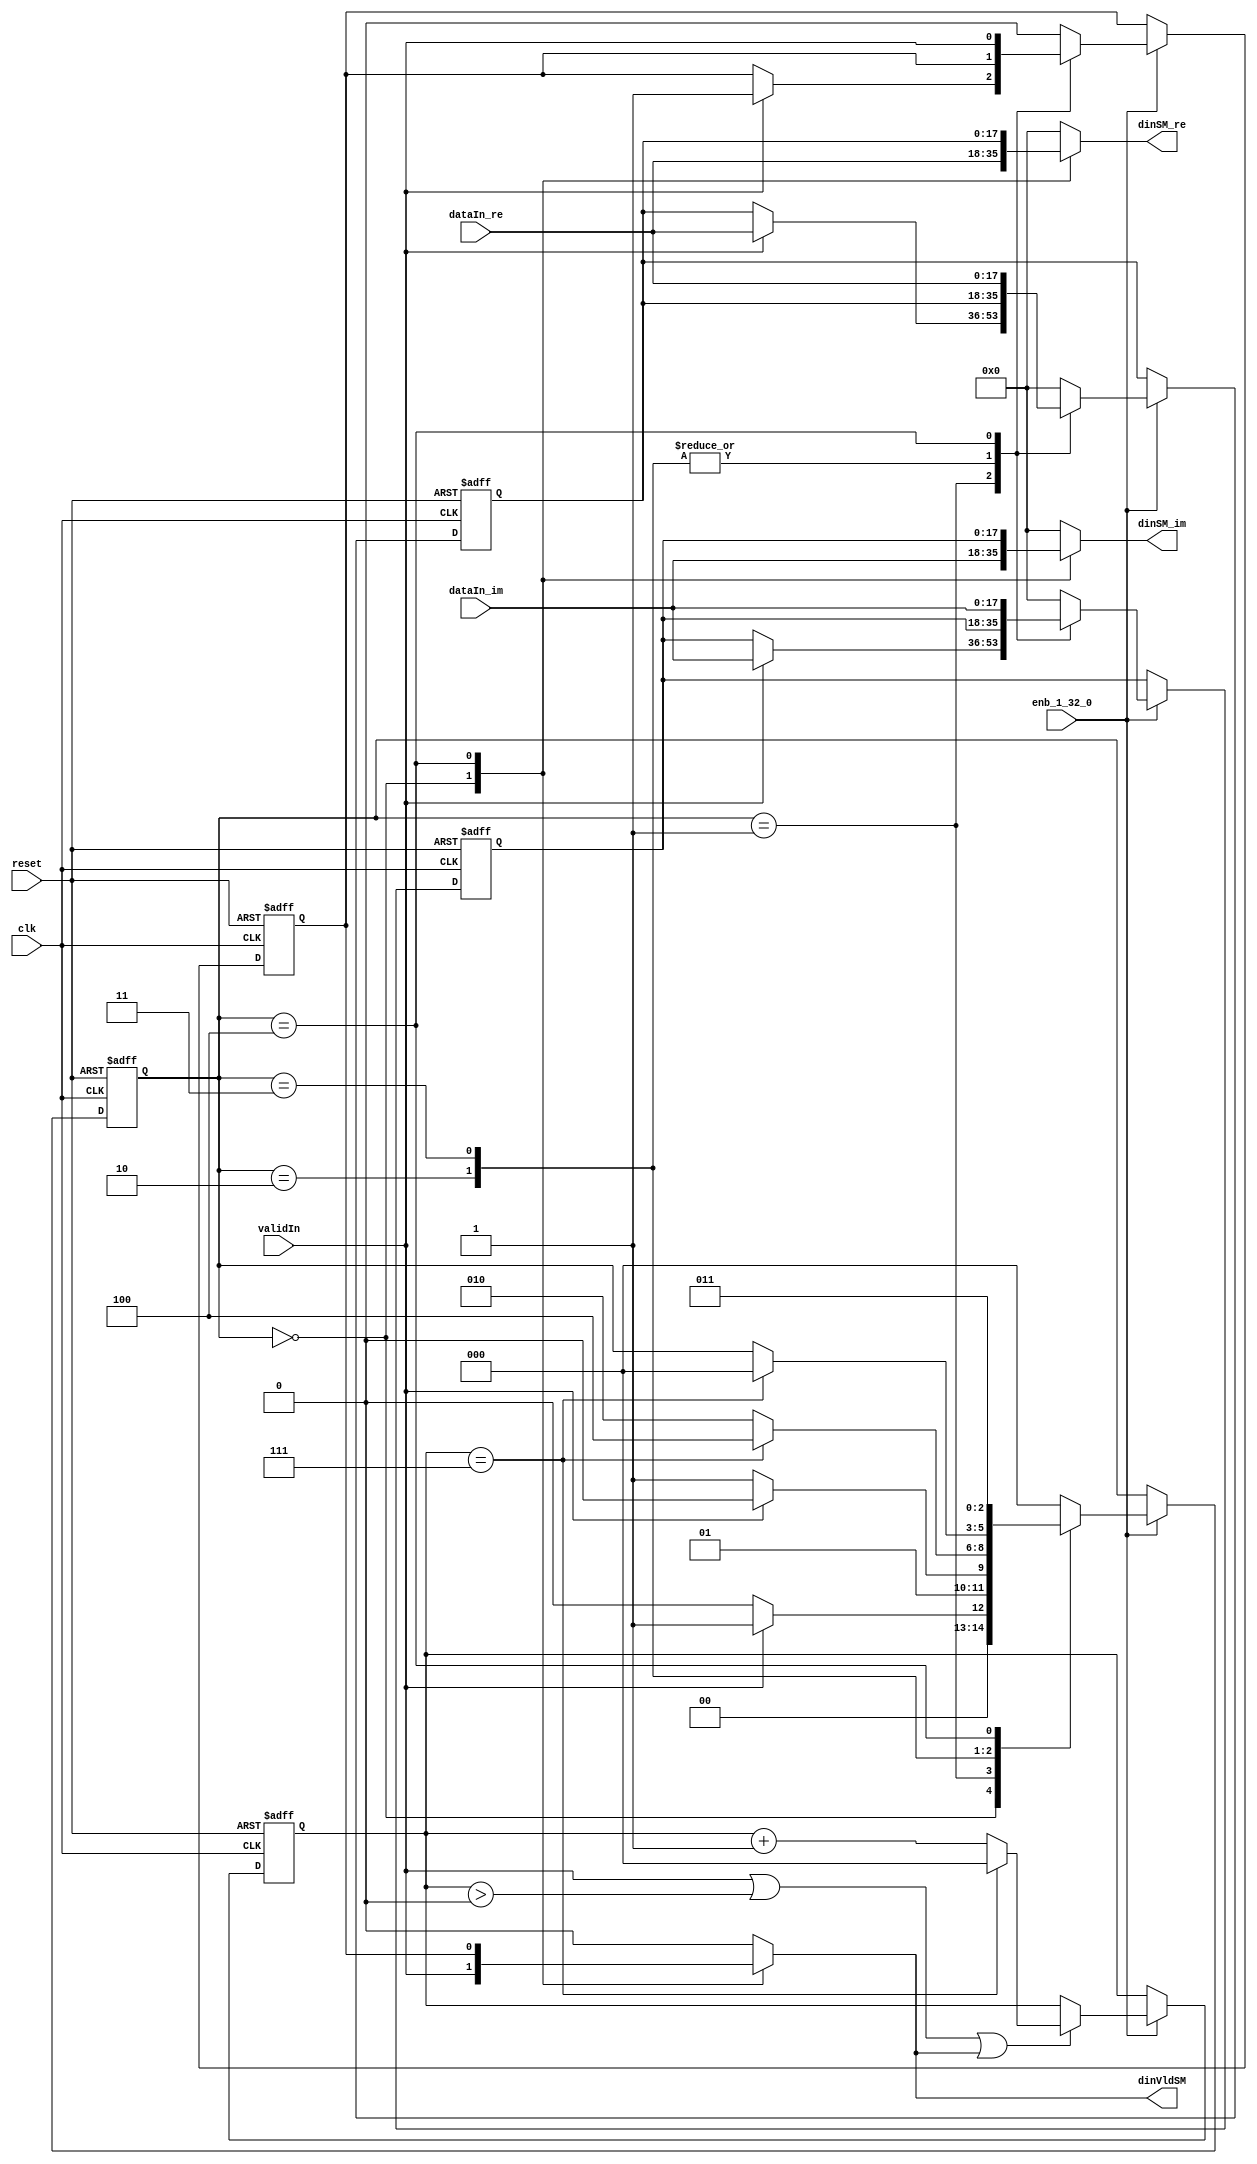
// -------------------------------------------------------------
// 
// 
// Generated by MATLAB 9.13 and HDL Coder 4.0
// 
// -------------------------------------------------------------


// -------------------------------------------------------------
// 
// Module: FirRdyLogic_block2
// Source Path: whdlOFDMTransmitter_up_con/OFDM_UC/HDL_DUC/Halfband Interpolator/whdlOFDMTransmitter_up_con/OFDM_UC/HDL_DUC/Halfband 
// Interpolator/FIRFilter2/FirRdyLogi
// Hierarchy Level: 4
// 
// -------------------------------------------------------------

`timescale 1 ns / 1 ns

module FirRdyLogic_block2
          (clk,
           reset,
           enb_1_32_0,
           dataIn_re,
           dataIn_im,
           validIn,
           dinSM_re,
           dinSM_im,
           dinVldSM);


  input   clk;
  input   reset;
  input   enb_1_32_0;
  input   signed [17:0] dataIn_re;  // sfix18_En14
  input   signed [17:0] dataIn_im;  // sfix18_En14
  input   validIn;
  output  signed [17:0] dinSM_re;  // sfix18_En14
  output  signed [17:0] dinSM_im;  // sfix18_En14
  output  dinVldSM;


  wire syncReset;
  reg signed [17:0] firRdy_xdin_re;  // sfix18_En14
  reg signed [17:0] firRdy_xdin_im;  // sfix18_En14
  reg  firRdy_xdinVld;
  reg [2:0] firRdy_state;  // ufix3
  reg  firRdy_readyReg;
  reg [2:0] firRdy_count;  // ufix3
  reg signed [17:0] firRdy_xdin_next_re;  // sfix18_En14
  reg signed [17:0] firRdy_xdin_next_im;  // sfix18_En14
  reg  firRdy_xdinVld_next;
  reg [2:0] firRdy_state_next;  // ufix3
  reg  firRdy_readyReg_next;
  reg [2:0] firRdy_count_next;  // ufix3
  reg  readySM;
  reg signed [17:0] dinSM_re_1;  // sfix18_En14
  reg signed [17:0] dinSM_im_1;  // sfix18_En14
  reg  dinVldSM_1;
  reg  firRdy_out2_0;
  reg [2:0] firRdy_count_temp;  // ufix3


  assign syncReset = 1'b0;



  // rdyLogic
  always @(posedge clk or posedge reset)
    begin : firRdy_process
      if (reset == 1'b1) begin
        firRdy_state <= 3'b000;
        firRdy_xdin_re <= 18'sb000000000000000000;
        firRdy_xdin_im <= 18'sb000000000000000000;
        firRdy_xdinVld <= 1'b0;
        firRdy_readyReg <= 1'b1;
        firRdy_count <= 3'b000;
      end
      else begin
        if (enb_1_32_0) begin
          firRdy_xdin_re <= firRdy_xdin_next_re;
          firRdy_xdin_im <= firRdy_xdin_next_im;
          firRdy_xdinVld <= firRdy_xdinVld_next;
          firRdy_state <= firRdy_state_next;
          firRdy_readyReg <= firRdy_readyReg_next;
          firRdy_count <= firRdy_count_next;
        end
      end
    end

  always @(dataIn_im, dataIn_re, firRdy_count, firRdy_readyReg, firRdy_state,
       firRdy_xdinVld, firRdy_xdin_im, firRdy_xdin_re, syncReset, validIn) begin
    firRdy_count_temp = firRdy_count;
    firRdy_xdin_next_re = firRdy_xdin_re;
    firRdy_xdin_next_im = firRdy_xdin_im;
    firRdy_xdinVld_next = firRdy_xdinVld;
    firRdy_state_next = firRdy_state;
    firRdy_readyReg_next = firRdy_readyReg;
    if ( ! syncReset) begin
      case ( firRdy_state)
        3'b000 :
          begin
            dinSM_re_1 = dataIn_re;
            dinSM_im_1 = dataIn_im;
            firRdy_out2_0 = validIn;
            firRdy_state_next = 3'b000;
            firRdy_readyReg_next = 1'b1;
            firRdy_xdin_next_re = 18'sb000000000000000000;
            firRdy_xdin_next_im = 18'sb000000000000000000;
            firRdy_xdinVld_next = 1'b0;
            if (validIn) begin
              firRdy_state_next = 3'b001;
              firRdy_readyReg_next = 1'b0;
            end
          end
        3'b001 :
          begin
            dinSM_re_1 = 18'sb000000000000000000;
            dinSM_im_1 = 18'sb000000000000000000;
            firRdy_out2_0 = 1'b0;
            firRdy_state_next = 3'b011;
            if (validIn) begin
              firRdy_state_next = 3'b010;
              firRdy_xdin_next_re = dataIn_re;
              firRdy_xdin_next_im = dataIn_im;
              firRdy_xdinVld_next = 1'b1;
            end
          end
        3'b010 :
          begin
            dinSM_re_1 = 18'sb000000000000000000;
            dinSM_im_1 = 18'sb000000000000000000;
            firRdy_out2_0 = 1'b0;
            firRdy_state_next = 3'b010;
            if (firRdy_count == 3'b111) begin
              firRdy_state_next = 3'b100;
            end
            firRdy_readyReg_next = 1'b0;
          end
        3'b011 :
          begin
            if (firRdy_count == 3'b111) begin
              firRdy_readyReg_next = 1'b1;
              firRdy_state_next = 3'b000;
            end
            dinSM_re_1 = 18'sb000000000000000000;
            dinSM_im_1 = 18'sb000000000000000000;
            firRdy_out2_0 = 1'b0;
          end
        3'b100 :
          begin
            firRdy_state_next = 3'b011;
            dinSM_re_1 = firRdy_xdin_re;
            dinSM_im_1 = firRdy_xdin_im;
            firRdy_out2_0 = firRdy_xdinVld;
            firRdy_xdin_next_re = dataIn_re;
            firRdy_xdin_next_im = dataIn_im;
            firRdy_xdinVld_next = validIn;
          end
        default :
          begin
            dinSM_re_1 = 18'sb000000000000000000;
            dinSM_im_1 = 18'sb000000000000000000;
            firRdy_out2_0 = 1'b0;
            firRdy_state_next = 3'b000;
            firRdy_xdin_next_re = 18'sb000000000000000000;
            firRdy_xdin_next_im = 18'sb000000000000000000;
            firRdy_xdinVld_next = 1'b0;
            firRdy_readyReg_next = 1'b1;
          end
      endcase
    end
    else begin
      firRdy_state_next = 3'b000;
      firRdy_xdin_next_re = 18'sb000000000000000000;
      firRdy_xdin_next_im = 18'sb000000000000000000;
      firRdy_xdinVld_next = 1'b0;
      firRdy_readyReg_next = 1'b0;
      firRdy_count_temp = 3'b000;
      firRdy_out2_0 = 1'b0;
      dinSM_re_1 = dataIn_re;
      dinSM_im_1 = dataIn_im;
    end
    if ((validIn || (firRdy_count_temp > 3'b000)) || firRdy_out2_0) begin
      if (firRdy_count_temp == 3'b111) begin
        firRdy_count_temp = 3'b000;
      end
      else begin
        firRdy_count_temp = firRdy_count_temp + 3'b001;
      end
    end
    readySM = firRdy_readyReg;
    dinVldSM_1 = firRdy_out2_0;
    firRdy_count_next = firRdy_count_temp;
  end



  assign dinSM_re = dinSM_re_1;

  assign dinSM_im = dinSM_im_1;

  assign dinVldSM = dinVldSM_1;

endmodule  // FirRdyLogic_block2